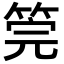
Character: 筦